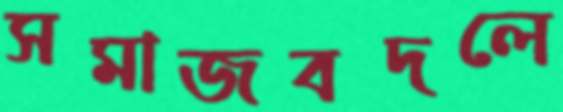
সমাজবদলে